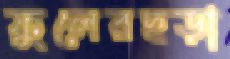
ফুলেরছড়া